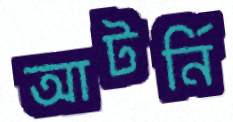
আটর্নি